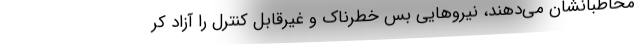
مخاطبانشان می‌دهند، نیروهایی بس خطرناک و غیرقابل کنترل را آزاد کر